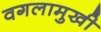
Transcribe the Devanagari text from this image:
वगलामुखी